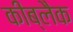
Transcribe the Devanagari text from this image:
कीब्लैक